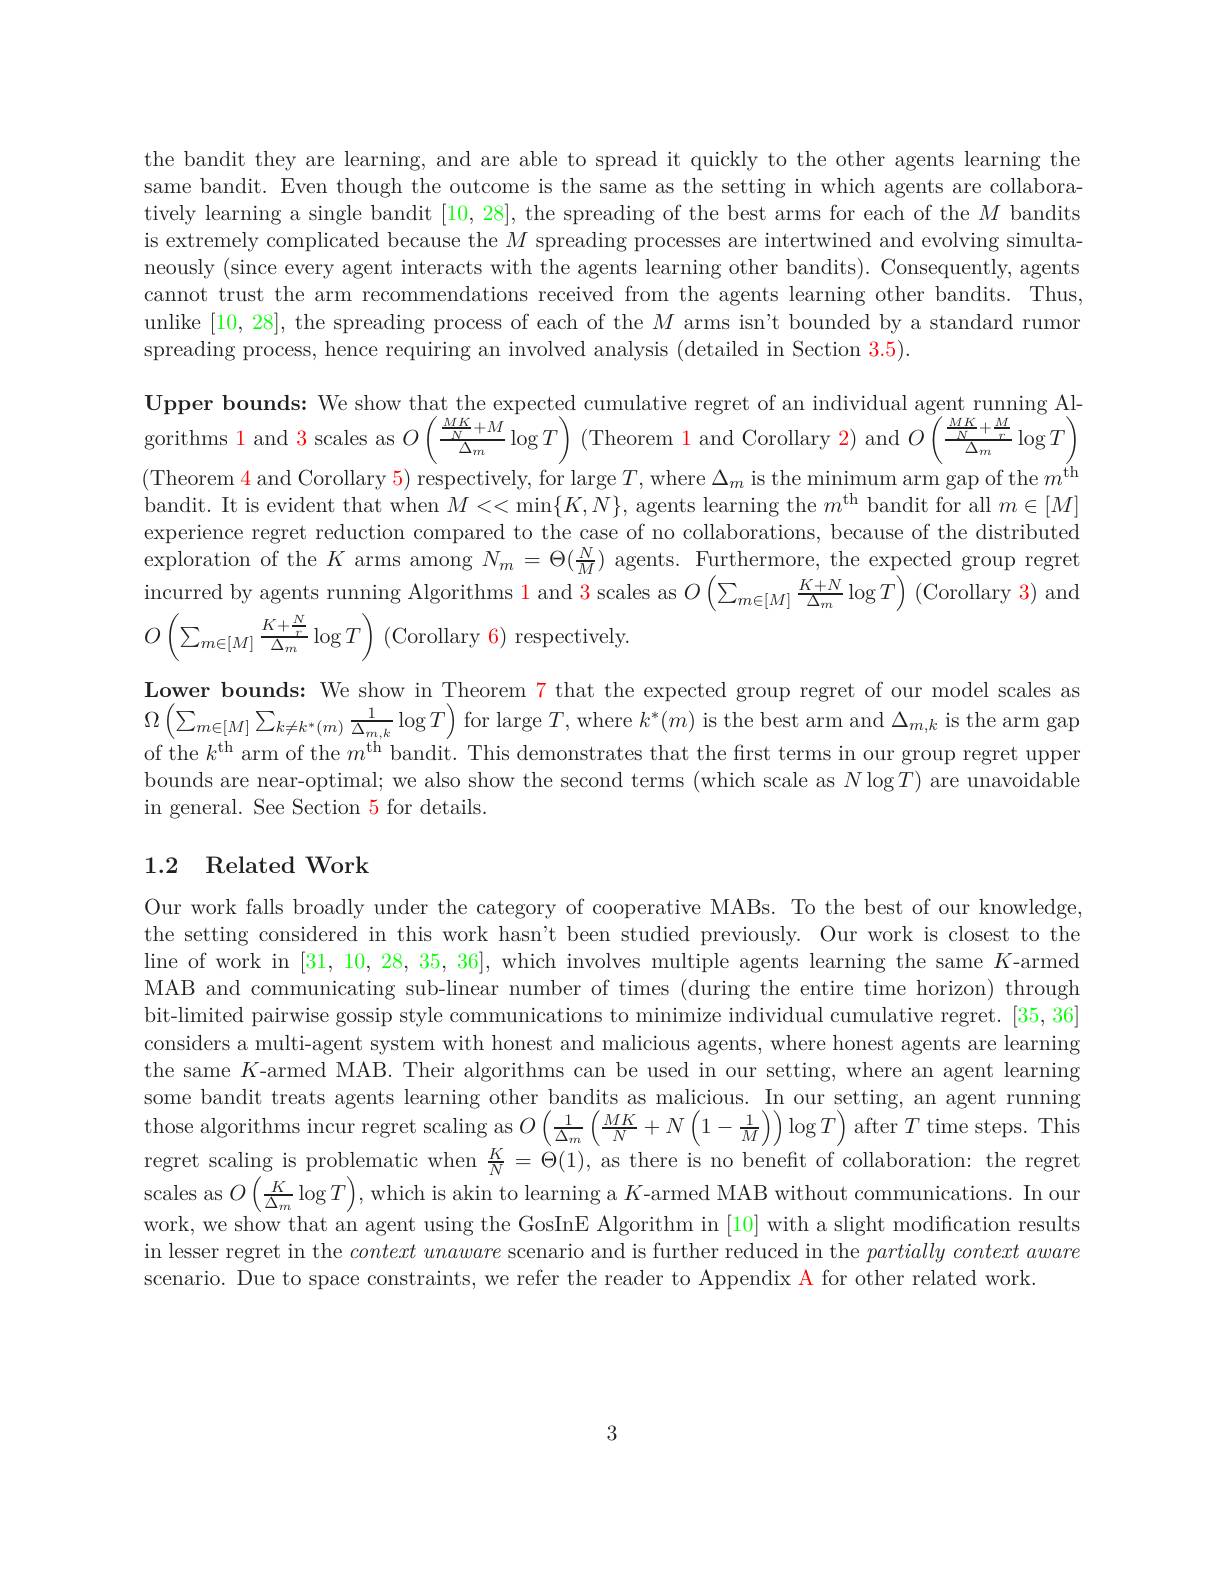
the bandit they are learning, and are able to spread it quickly to the other agents learning the same bandit. Even though the outcome is the same as the setting in which agents are collaboratively learning a single bandit [10,28], the spreading of the best arms for each of the $M$ bandits is extremely complicated because the $M$ spreading processes are intertwined and evolving simultaneously (since every agent interacts with the agents learning other bandits). Consequently, agents cannot trust the arm recommendations received from the agents learning other bandits. Thus, unlike [10,28], the spreading process of each of the $M$ arms isn't bounded by a standard rumor spreading process, hence requiring an involved analysis (detailed in Section 3.5).
$\begin{array}{ll}{\mathrm{Upper~bounds:~We~show~that~the~expected~cumulative~regret~of~an~individual~agent~running~Al-}}\\{\mathrm{gorithms~1~and~3~scales~as~}O\left(\frac{\frac{MK}{N}+M}{\Delta_{m}}\log T\right)\mathrm{~(Theorem~1~and~Corollary~2)~and~}O\left(\frac{\frac{MK}{N}+\frac{M}{r}}{\Delta_{m}}\log T\right)}\end{array}$ ( Theorem 4 and Corollary 5) respectively, for large $T$, where $\Delta _{m}$ is the minimum arm gap of the $m^{\mathrm{th}}$ kolit Hit it ilit ther $M\leq M\leq M\leq M$,kin th th lit fit fillit $= [ M]$ bandit. It is evident that when $M<<\min\{K,N\}$, agents learning the $m^\mathrm{th}$ bandit for all $m\in[M]$ experience regret reduction compared to the case of no collaborations, because of the distributed exploration of the $K$ arms among $N_m=\Theta(\frac{N}{M})$ agents. Furthermore, the expected group regret incurred by agents running Algorithms 1 and 3 scales as $O\left(\sum_{m\in[M]}\frac{K+N}{\Delta_{m}}\log T\right)$(Corollary 3) and $O\left(\sum_{m\in[M]}\frac{K+\frac{N}{r}}{\Delta_m}\log T\right)$(Corollary 6) respectively

Lower bounds: We show in Theorem 7 that the expected group regret of our model scales as $\Omega\left(\sum_{m\in[M]}\sum_{k\neq k^{*}(m)}\frac{1}{\Delta_{m,k}}\log T\right)$for large $T$,where $k^*(m)$ is the best arm and $\Delta_m,k$ is the arm gap of the $k^\mathrm{th}$ arm of the $m^\mathrm{th}$ bandit. This demonstrates that the first terms in our group regret upper bounds are near-optimal; we also show the second terms (which scale as $N\log T)$ are unavoidable in general. See Section 5 for details.

### 1.2 Related Work

Our work falls broadly under the category of cooperative MABs. To the best of our knowledge, the setting considered in this work hasn't been studied previously. Our work is closest to the line of work in [31,10,28,35,36], which involves multiple agents learning the same $K$-armed MAB and communicating sub-linear number of times (during the entire time horizon) through bit-limited pairwise gossip style communications to minimize individual cumulative regret. [35,36] considers a multi-agent system with honest and malicious agents, where honest agents are learning the same $K$-armed MAB. Their algorithms can be used in our setting, where an agent learning some bandit treats agents learning other bandits as malicious. In our setting, an agent running those algorithms incur regret scaling as $O\left(\frac1{\Delta_{m}}\left(\frac{MK}N+N\left(1-\frac1M\right)\right)\log T\right)$ after $T$ time steps. This regret scaling is problematic when $\frac KN=\Theta(1)$, as there is no benefit of collaboration: the regret scales as $O\left(\frac K{\Delta_{m}}\log T\right)$,which is akin to learning a $K$-armed MAB without communications. In our work, we show that an agent using the GosInE Algorithm in [10] with a slight modification results in lesser regret in the context unaware scenario and is further reduced in the $partially\textit{ context aware}$ scenario. Due to space constraints, we refer the reader to Appendix A for other related work.

3